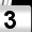
Digit: 3